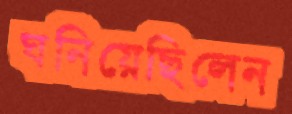
ঘনিয়েছিলেন